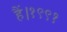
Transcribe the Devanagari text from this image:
हैं।१९९१